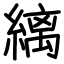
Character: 縭